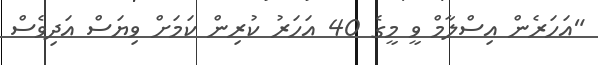
"އަހަރެން އިސްލާމް ވީ މީގެ 40 އަހަރު ކުރިން ކަމަށް ވިޔަސް އަދިވެސް